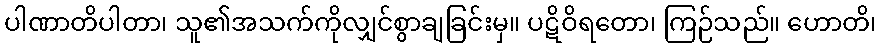
ပါဏာတိပါတာ၊ သူ၏အသက်ကိုလျှင်စွာချခြင်းမှ။ ပဋိဝိရတော၊ ကြဉ်သည်။ ဟောတိ၊